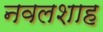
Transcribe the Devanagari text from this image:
नवलशाह